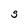
Character: S